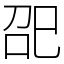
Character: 巶